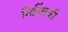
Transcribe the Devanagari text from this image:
निजिंस्की